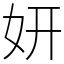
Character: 妍